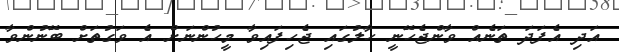
އަދި އެފަދަ ތަނެއް ވާންޖެހޭނީ ހާލުގައި ޖެހިފައިވާ މީހުންނަށް އެ ވަގުތަށް ބޭނުންވާ